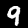
Digit: 9